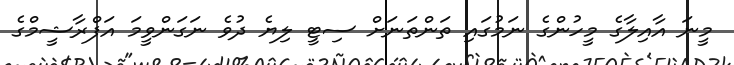
މީނަ އާއިލާގެ މީހުންގެ ނަމުގައި ތަންތަނަށް ސިޓީ ލިޔެ ދުވެ ނަގަންވީމަ އަފްރާޝީމްގެ